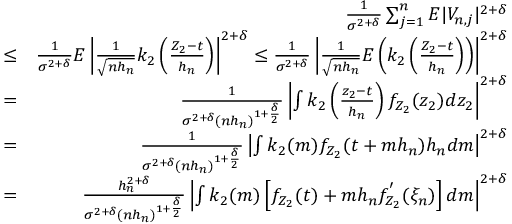
\begin{array} { r l r } & { } & { \frac { 1 } { \sigma ^ { 2 + \delta } } \sum _ { j = 1 } ^ { n } E | V _ { n , j } | ^ { 2 + \delta } } \\ & { \leq } & { \frac { 1 } { \sigma ^ { 2 + \delta } } E \left| \frac { 1 } { \sqrt { n h _ { n } } } k _ { 2 } \left( \frac { Z _ { 2 } - t } { h _ { n } } \right) \right| ^ { 2 + \delta } \leq \frac { 1 } { \sigma ^ { 2 + \delta } } \left| \frac { 1 } { \sqrt { n h _ { n } } } E \left( k _ { 2 } \left( \frac { Z _ { 2 } - t } { h _ { n } } \right) \right) \right| ^ { 2 + \delta } } \\ & { = } & { \frac { 1 } { \sigma ^ { 2 + \delta } ( n h _ { n } ) ^ { 1 + \frac { \delta } { 2 } } } \left| \int k _ { 2 } \left( \frac { z _ { 2 } - t } { h _ { n } } \right) f _ { Z _ { 2 } } ( z _ { 2 } ) d z _ { 2 } \right| ^ { 2 + \delta } } \\ & { = } & { \frac { 1 } { \sigma ^ { 2 + \delta } ( n h _ { n } ) ^ { 1 + \frac { \delta } { 2 } } } \left| \int k _ { 2 } ( m ) f _ { Z _ { 2 } } ( t + m h _ { n } ) h _ { n } d m \right| ^ { 2 + \delta } } \\ & { = } & { \frac { h _ { n } ^ { 2 + \delta } } { \sigma ^ { 2 + \delta } ( n h _ { n } ) ^ { 1 + \frac { \delta } { 2 } } } \left| \int k _ { 2 } ( m ) \left[ f _ { Z _ { 2 } } ( t ) + m h _ { n } f _ { Z _ { 2 } } ^ { ' } ( \xi _ { n } ) \right] d m \right| ^ { 2 + \delta } } \end{array}